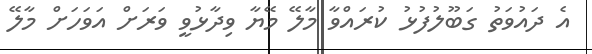
އެ ދައުވަތު ގަބޫލުފުޅު ކުރައްވާ މާލޭ މޭޔާ ވިދާޅުވީ ވަރަށް އަވަހަށް މާލޭ